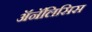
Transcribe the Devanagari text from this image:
ॲनॅलिसिस